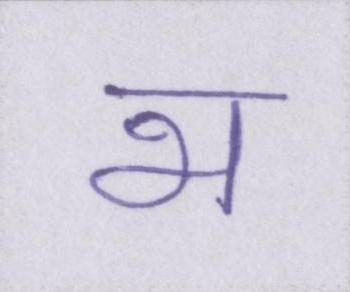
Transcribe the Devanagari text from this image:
भ